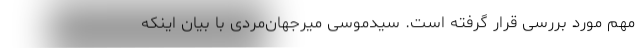
مهم مورد بررسی قرار گرفته است. سیدموسی میرجهان‌مردی با بیان اینکه